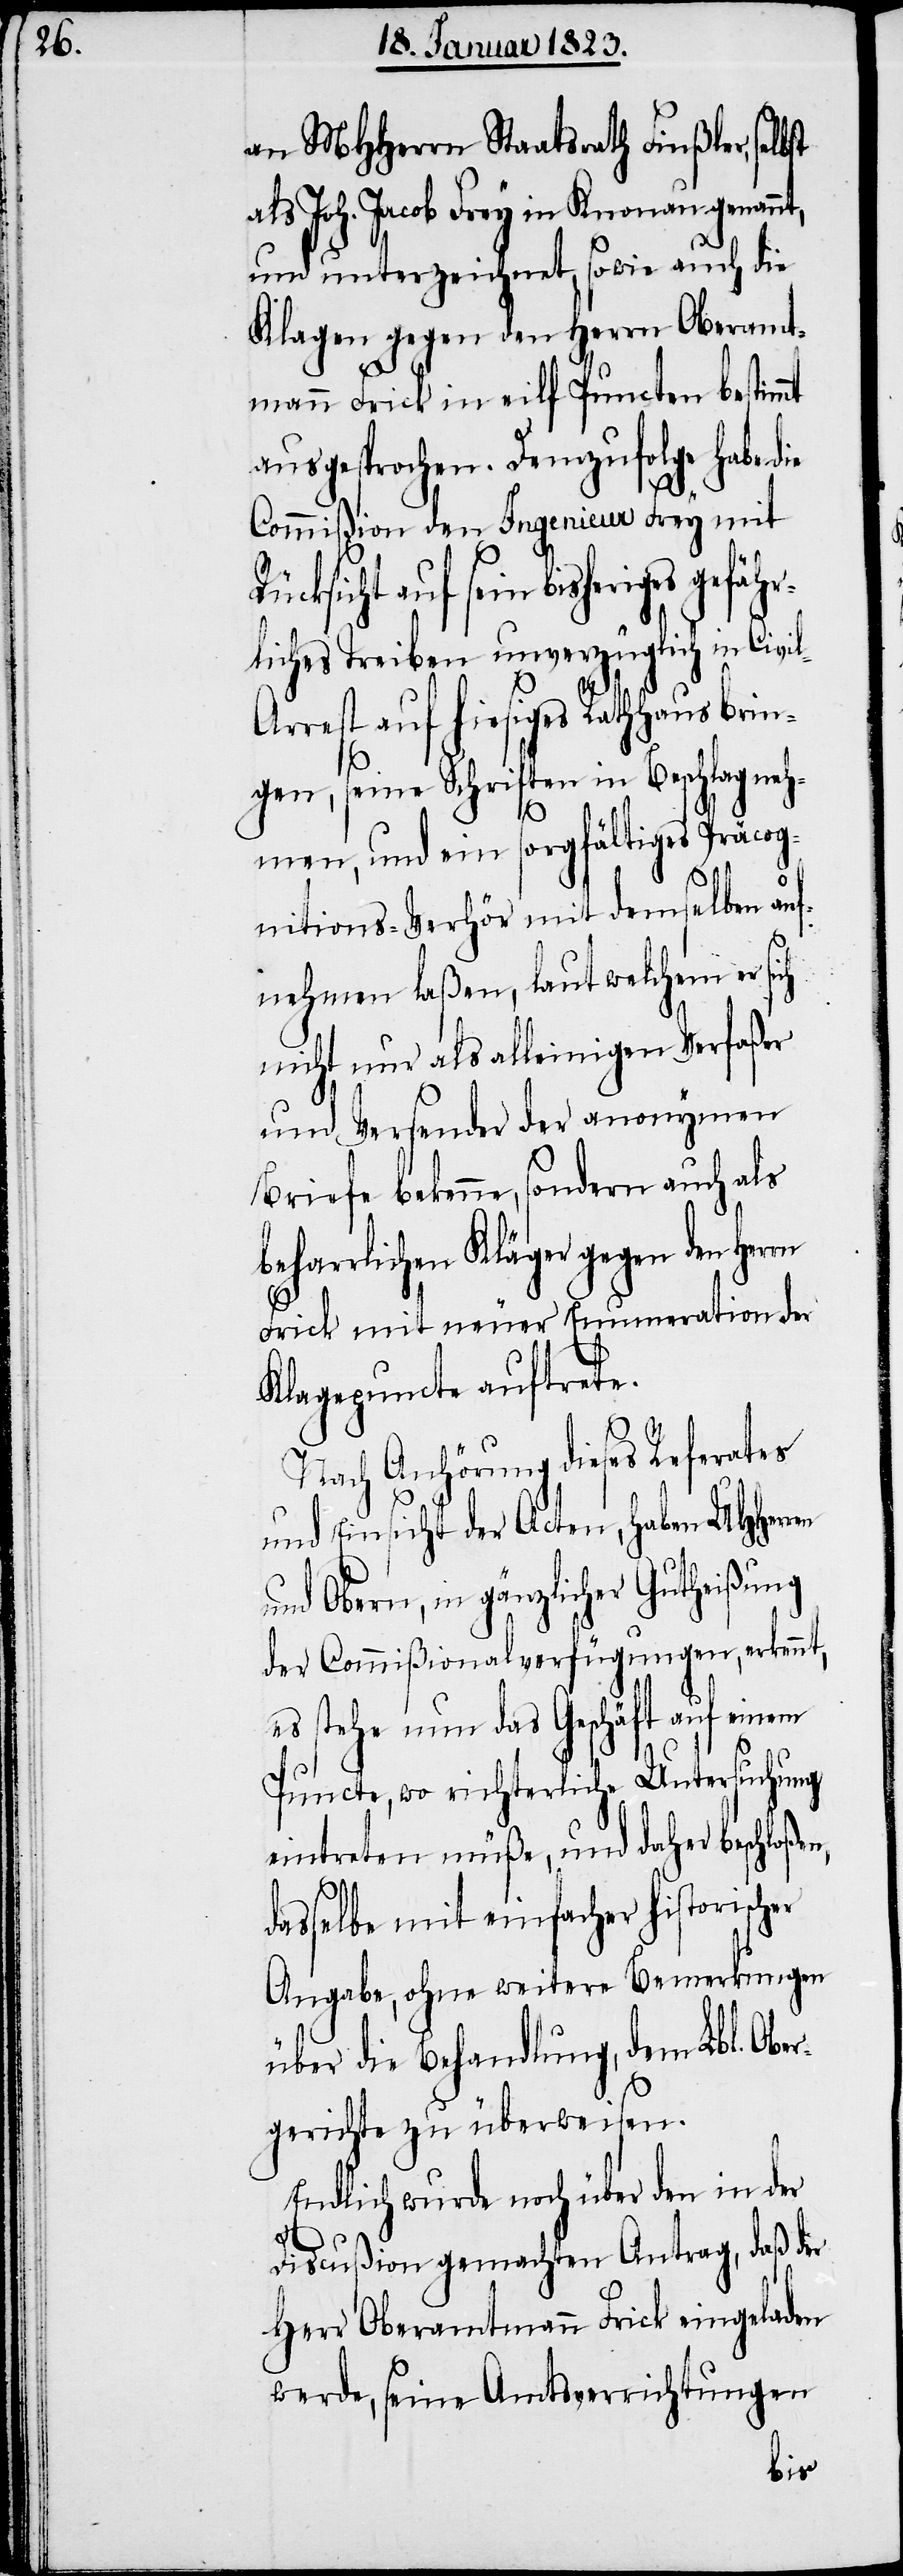
n,

an MHHerrn Staatsrath Finßler, sel¬
als Joh. Jacob Frey in Knonau genannt,
und unterzeichnet, sowie auch die
Klagen gegen den Herrn Oberamt¬
mann Frick in eilf Puncten bestimmt
ausgesprochen. Demzufolge habe die
Commißion den Ingenieur Frey mit
auf sein bisheriges gefähr¬
liches Treiben unverzüglich in Civi¬
l-Arrest auf hiesiges Rathhaus brin¬
gen, seine Schriften in Beschlag neh¬
men, und ein sorgfältiges Präcog¬
nitions-Verhör mit demselben au¬
fnehmen laßen, laut welchem er sich
nicht nur als alleinigen Verfaßer
und Versender der anonymen
Briefe bekenne, sondern auch als
beharrlichen Kläger gegen den
Frick mit neuer Enumeration der
Klagepuncte auftrete.
Nach Anhörung dieses Referates
und Einsicht der Acten, haben UHHerr¬
und Obern, in gänzlicher Gutheißung
der Commißionalverfügungen, erkennt,
es stehe nun das Geschäft auf einem
Puncte, wo richterliche Untersuchung
eintreten müße, und daher beschloße¬
dasselbe mit einfacher historischer
Angabe, ohne weitere Bemerkungen
über die Behandlung, dem Lbl. Obe¬
rgerichte zu überweisen.
Endlich wurde noch über den in der
Discußion gemachten Antrag, daß der
Herr Oberamtmann Frick eingeladen
werde, seine Amtsverrichtungen
en